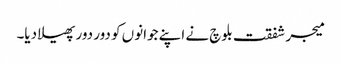
میجر شفقت بلوچ نے اپنے جوانوں کو دور دور پھیلا دیا۔